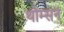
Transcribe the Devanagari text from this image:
थोम्सन